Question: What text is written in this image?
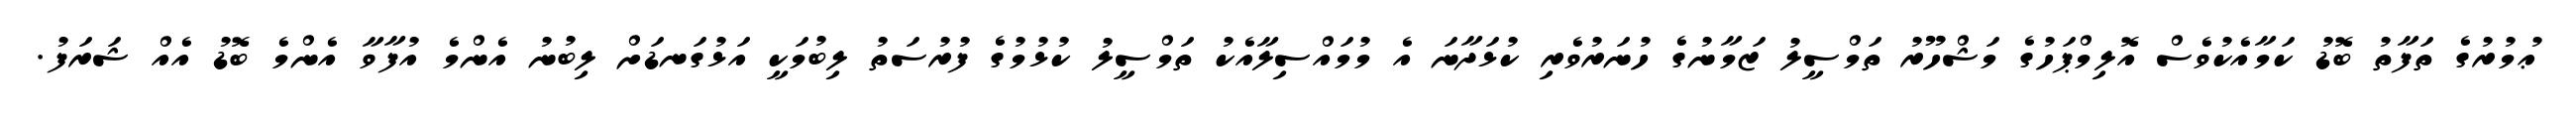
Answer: ޢުމުރުގެ ތަފާތު ބޮޑު ކަމާއެކުވެސް އޮލިމްޕަހުގެ މަޝްހޫރު ތަމްސީލު ޒަމާނުގެ ހުނަރުވެރި ކުޅަދާނަ އެ މުމައްސިލާއެކު ތަމްސީލު ކުޅުމުގެ ފުރުސަތު ލިބުމަކީ އަޅުގަނޑަށް ލިބުނު އެންމެ އުފާވާ އެންމެ ބޮޑު އެއް ޝަރަފު.